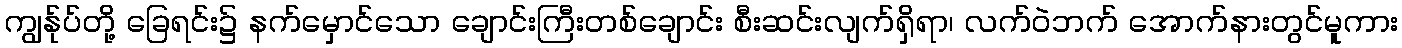
ကျွန်ုပ်တို့ ခြေရင်း၌ နက်မှောင်သော ချောင်းကြီးတစ်ချောင်း စီးဆင်းလျက်ရှိရာ၊ လက်ဝဲဘက် အောက်နားတွင်မူကား